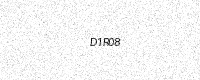
Text: D1R08